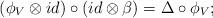
LaTeX: \begin{align*}(\phi_V \otimes id) \circ (id \otimes \beta ) = \Delta \circ \phi_V;\end{align*}